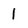
Character: l